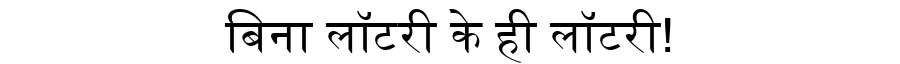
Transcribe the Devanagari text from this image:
बिना लॉटरी के ही लॉटरी!